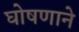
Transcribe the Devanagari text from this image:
घोषणाने